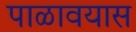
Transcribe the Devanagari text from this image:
पाळावयास